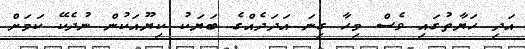
އަދި ހަޔާތުގައި ވެސް މިހާ ގިނަ އަދަދެއްގެ ބަޔަކު ކިޔޫއަކުން ނުދެކޭ ކަމަށް